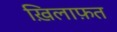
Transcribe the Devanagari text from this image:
ख़िलाफ़़त